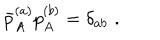
\bar { p } _ { A } ^ { ( a ) } p _ { A } ^ { ( b ) } = \delta _ { a b } \, \, .